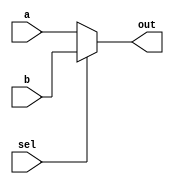
module mux_2_to_1 (input wire a, b, sel, output wire out);
    // gate-level implementation
    // wire sel_not;
    // wire a_and_sel_not;
    // wire b_and_sel;

    // not(sel_not, sel);

    // and(a_and_sel_not, a, sel_not);
    // and(b_and_sel, b, sel);

    // or(out, a_and_sel_not, b_and_sel);

    // ------------------------------------------------

    // dataflow implementation
    assign out = (sel) ? b : a;

    // ------------------------------------------------

    // behavioral implementation --> output should be reg

    // always @(*) begin
    //     if (sel) begin
    //         out = b;
    //     end else begin
    //         out = a;
    //     end
    // end
endmodule